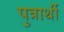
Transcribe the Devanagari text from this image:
पुत्रार्थी